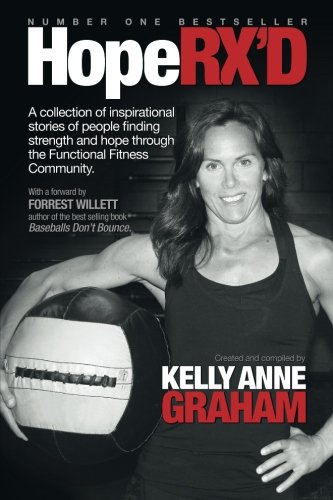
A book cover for HopeRX'D: A collection of inspirational stories of people finding strength and hope through the Functional Fitness Community; Kelly Anne Graham; Sports & Outdoors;